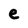
Character: e